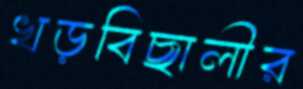
খড়বিছালীর